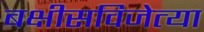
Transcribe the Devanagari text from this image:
बक्षीसविजेत्या